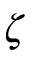
\zeta